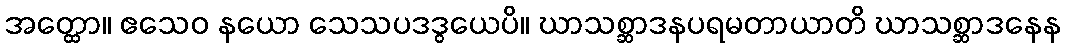
အတ္ထော။ ဧသေဝ နယော သေသပဒဒွယေပိ။ ဃာသစ္ဆာဒနပရမတာယာတိ ဃာသစ္ဆာဒနေန